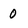
Character: 0